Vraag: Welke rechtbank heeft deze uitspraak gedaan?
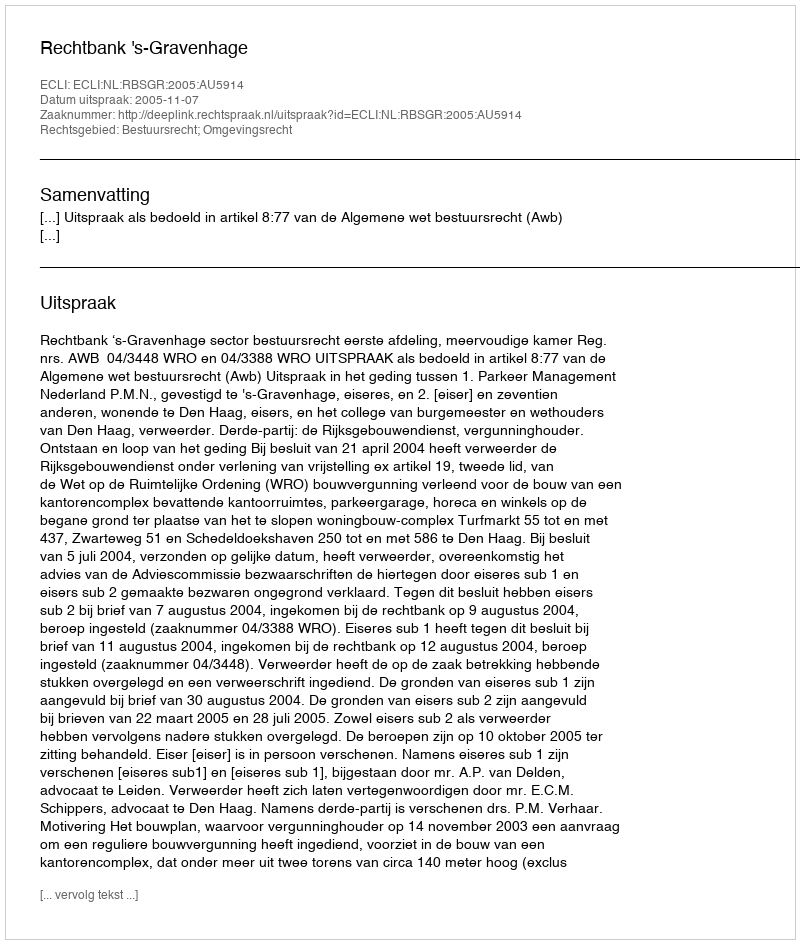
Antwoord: Rechtbank 's-Gravenhage